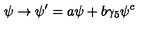
\psi \rightarrow \psi ^ { \prime } = a \psi + b \gamma _ { 5 } \psi ^ { c }